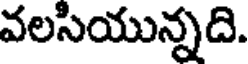
వలసియున్నది.